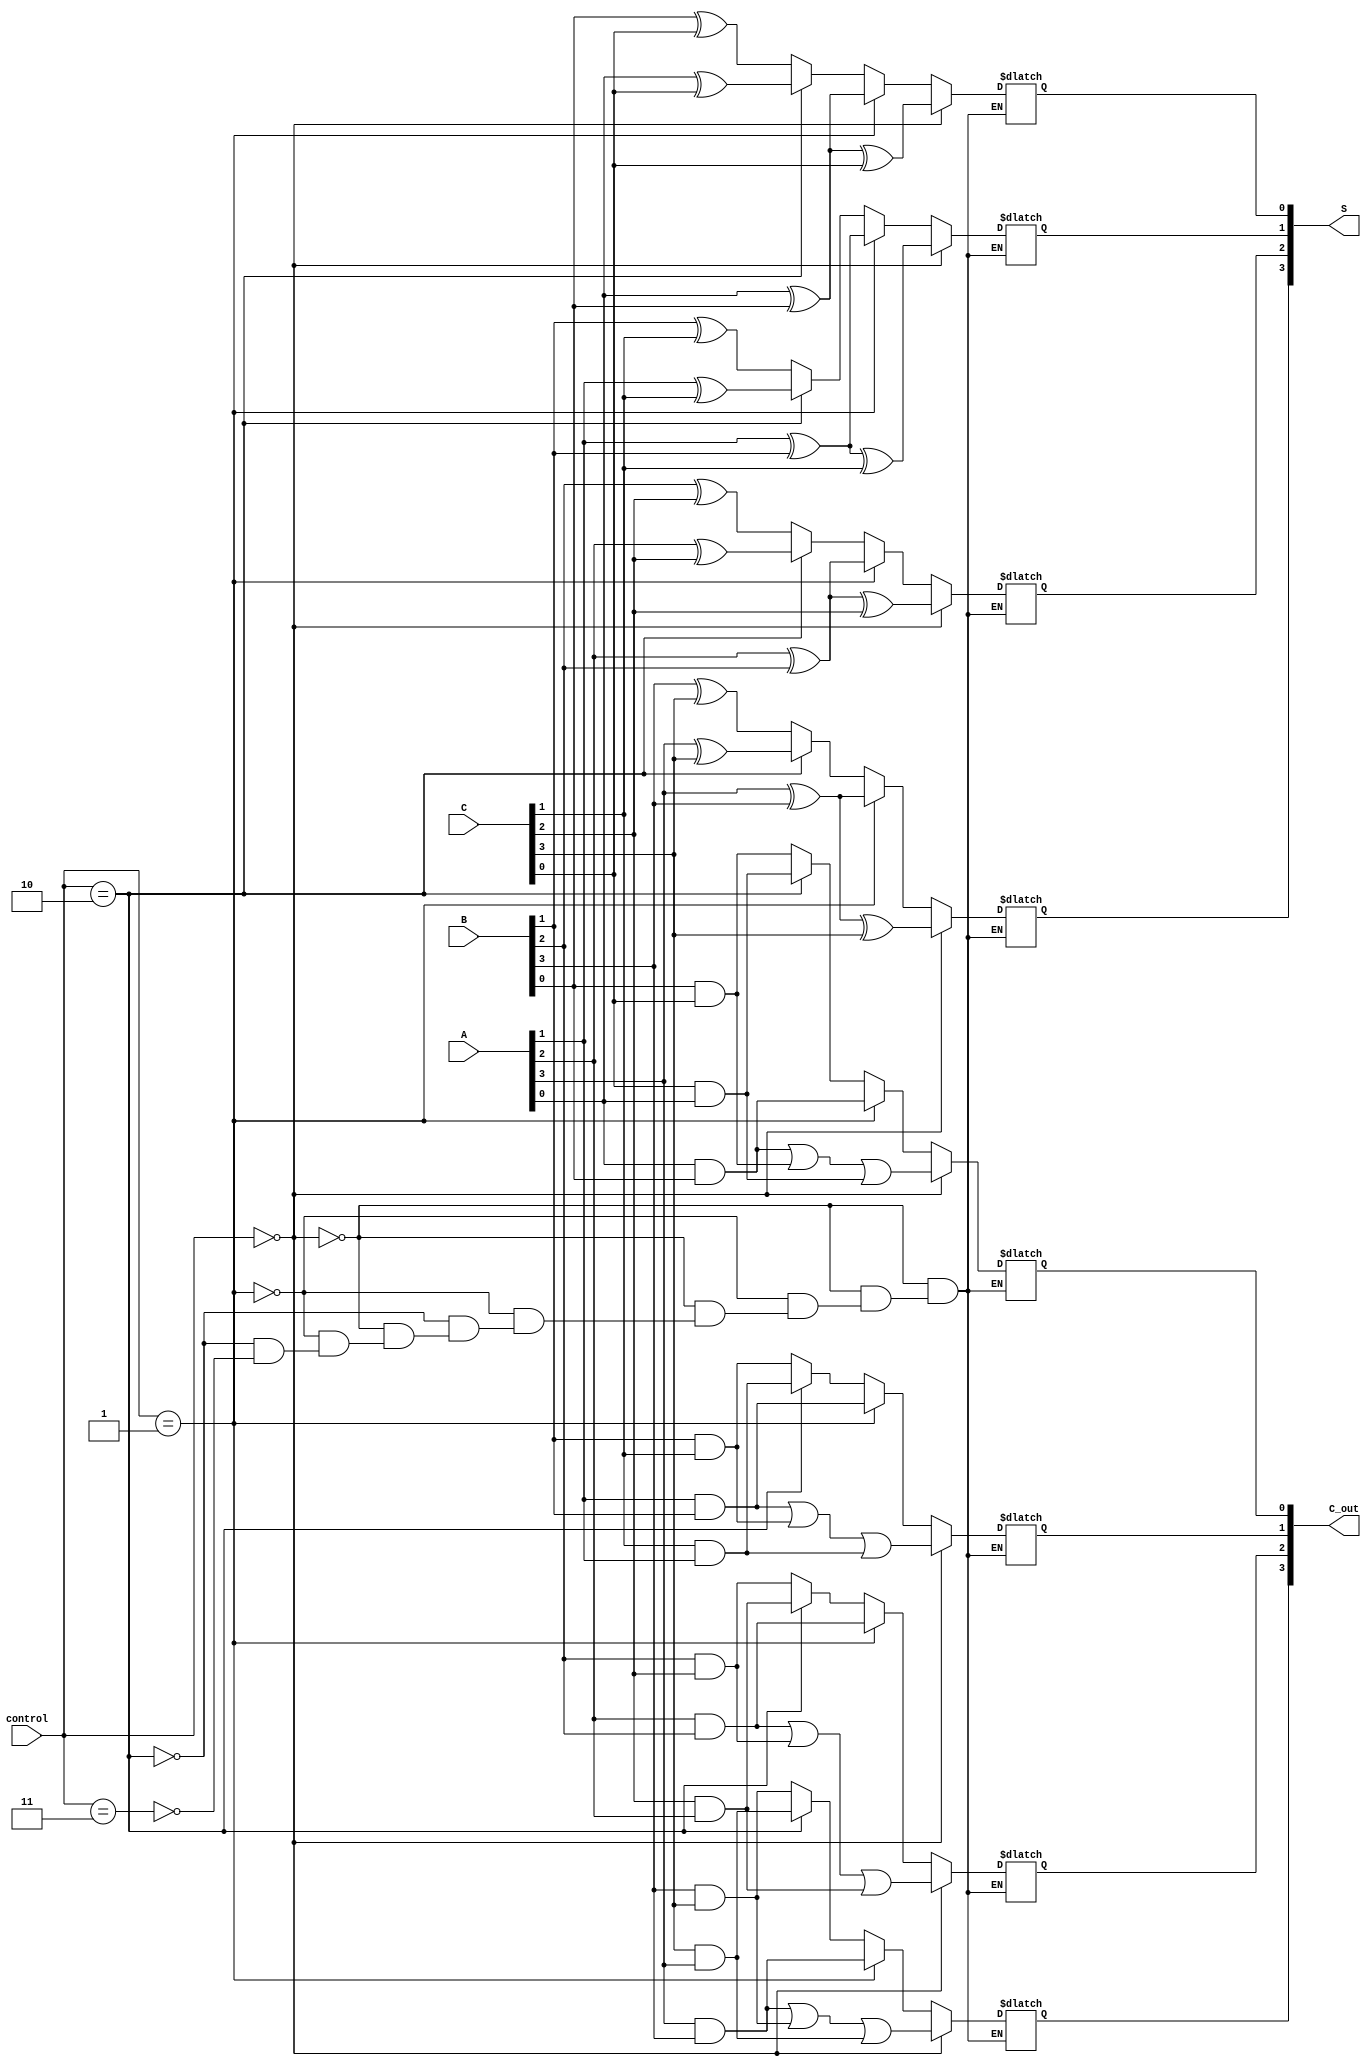
module CarrySaveAdder #(parameter N = 4) (
    input  wire [N-1:0] A,       // First operand
    input  wire [N-1:0] B,       // Second operand
    input  wire [N-1:0] C,       // Third operand
    input  wire [1:0] control,    // Control signal for number of operands
    output reg  [N-1:0] S,       // Sum output
    output reg  [N-1:0] C_out     // Carry output
);

    reg [N-1:0] sum;             // Intermediate sum
    reg [N-1:0] carry;           // Intermediate carry

    integer i;

    always @(*) begin
        sum = 0;
        carry = 0;

        // Carry Save Logic for 3 operands
        for (i = 0; i < N; i = i + 1) begin
            // Compute partial sum using XOR
            if (control == 2'b00) begin
                S[i] = A[i] ^ B[i] ^ C[i]; // Sum for 3 operands
                C_out[i] = (A[i] & B[i]) | (B[i] & C[i]) | (C[i] & A[i]); // Carry
            end
            else if (control == 2'b01) begin
                // If only A and B are considered
                S[i] = A[i] ^ B[i];
                C_out[i] = A[i] & B[i];
            end
            else if (control == 2'b10) begin
                // If only A and C are considered
                S[i] = A[i] ^ C[i];
                C_out[i] = A[i] & C[i];
            end
            else if (control == 2'b11) begin
                // If only B and C are considered
                S[i] = B[i] ^ C[i];
                C_out[i] = B[i] & C[i];
            end
        end
    end

endmodule